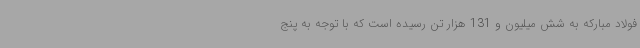
فولاد مبارکه به شش میلیون و 131 هزار تن رسیده است که با توجه به پنج